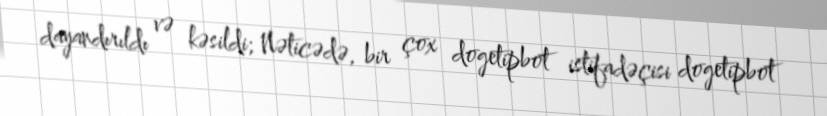
dayandırıldı və kəsildi; Nəticədə, bir çox dogetipbot istifadəçisi dogetipbot